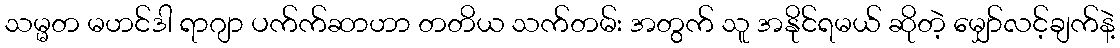
သမ္မတ မဟင်ဒါ ရာဂျာ ပက်က်ဆာဟာ တတိယ သက်တမ်း အတွက် သူ အနိုင်ရမယ် ဆိုတဲ့ မျှော်လင့်ချက်နဲ့